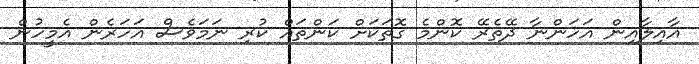
އާއިލާއިން އަހަންނާ ދޭތެރޭ ކޮންމެ ގޮތަކަށް ކަންތައް ކުރި ނަމަވެސް އަހަރެން އެމީހުން